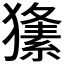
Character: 𤢘